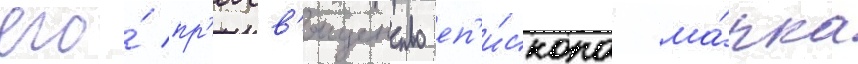
его́ пр'еосв'ященство еп'и́скопа ма́рка